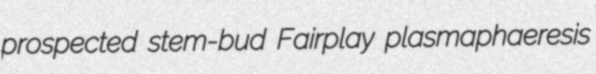
prospected stem-bud Fairplay plasmaphaeresis